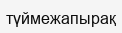
түймежапырақ